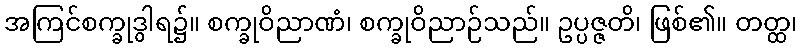
အကြင်စက္ခုဒွါရ၌။ စက္ခုဝိညာဏံ၊ စက္ခုဝိညာဉ်သည်။ ဥပ္ပဇ္ဇတိ၊ ဖြစ်၏။ တတ္ထ၊